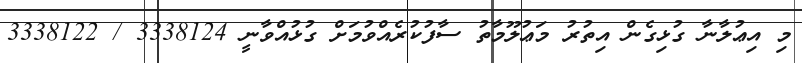
މި އިޢުލާނާ ގުޅިގެން އިތުރު މަޢުލޫމާތު ސާފުކުރެއްވުމަށް ގުޅުއްވާނީ 3338124 / 3338122